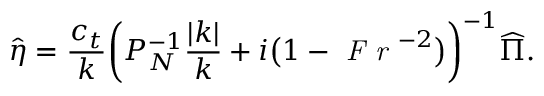
\hat { \eta } = \frac { c _ { t } } { k } \biggl ( P _ { N } ^ { - 1 } \frac { | k | } { k } + i \bigl ( 1 - \textit { F r } ^ { - 2 } \bigl ) \biggl ) ^ { - 1 } \widehat { \Pi } .